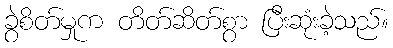
ခွဲစိတ်မှုက တိတ်ဆိတ်စွာ ပြီးဆုံးခဲ့သည်။